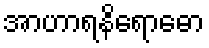
အာဟာရနိရောဓော